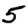
Digit: 5